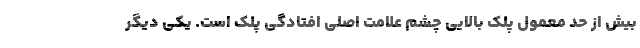
بیش از حد معمول پلک بالایی چشم علامت اصلی افتادگی پلک است. یکی دیگر